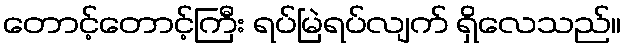
တောင့်တောင့်ကြီး ရပ်မြဲရပ်လျက် ရှိလေသည်။